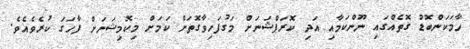
ހާމަކަންބޮޑު ގޮތެއްގައި ނޫންކަމާއި އަދި ކޮރަޕްޝަނަށް މަގުފަހިވާގޮތަށް ކަމަށް މިކޮމިޝަނަށް ފާހަގަ ކުރެވެއެވެ.